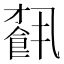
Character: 𩛥